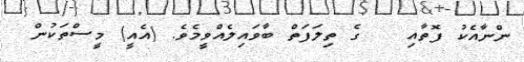
ންނާއެކު ފޮތާއި   ގެ ތިލަފަތް ބާވައިލެއްވީމެވެ. (އެއީ) މީސްތަކުން